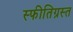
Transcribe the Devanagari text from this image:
स्फीतिग्रस्त